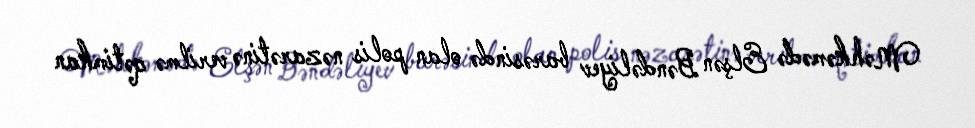
Məhkəmədə Elşən Bəndəliyev barəsində olan polis nəzarətinə verilmə qətimkan